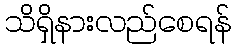
သိရှိနားလည်စေရန်